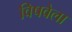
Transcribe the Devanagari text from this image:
विषवेला